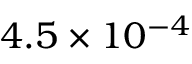
4 . 5 \times 1 0 ^ { - 4 }